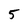
Character: 5